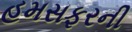
હમસફરની